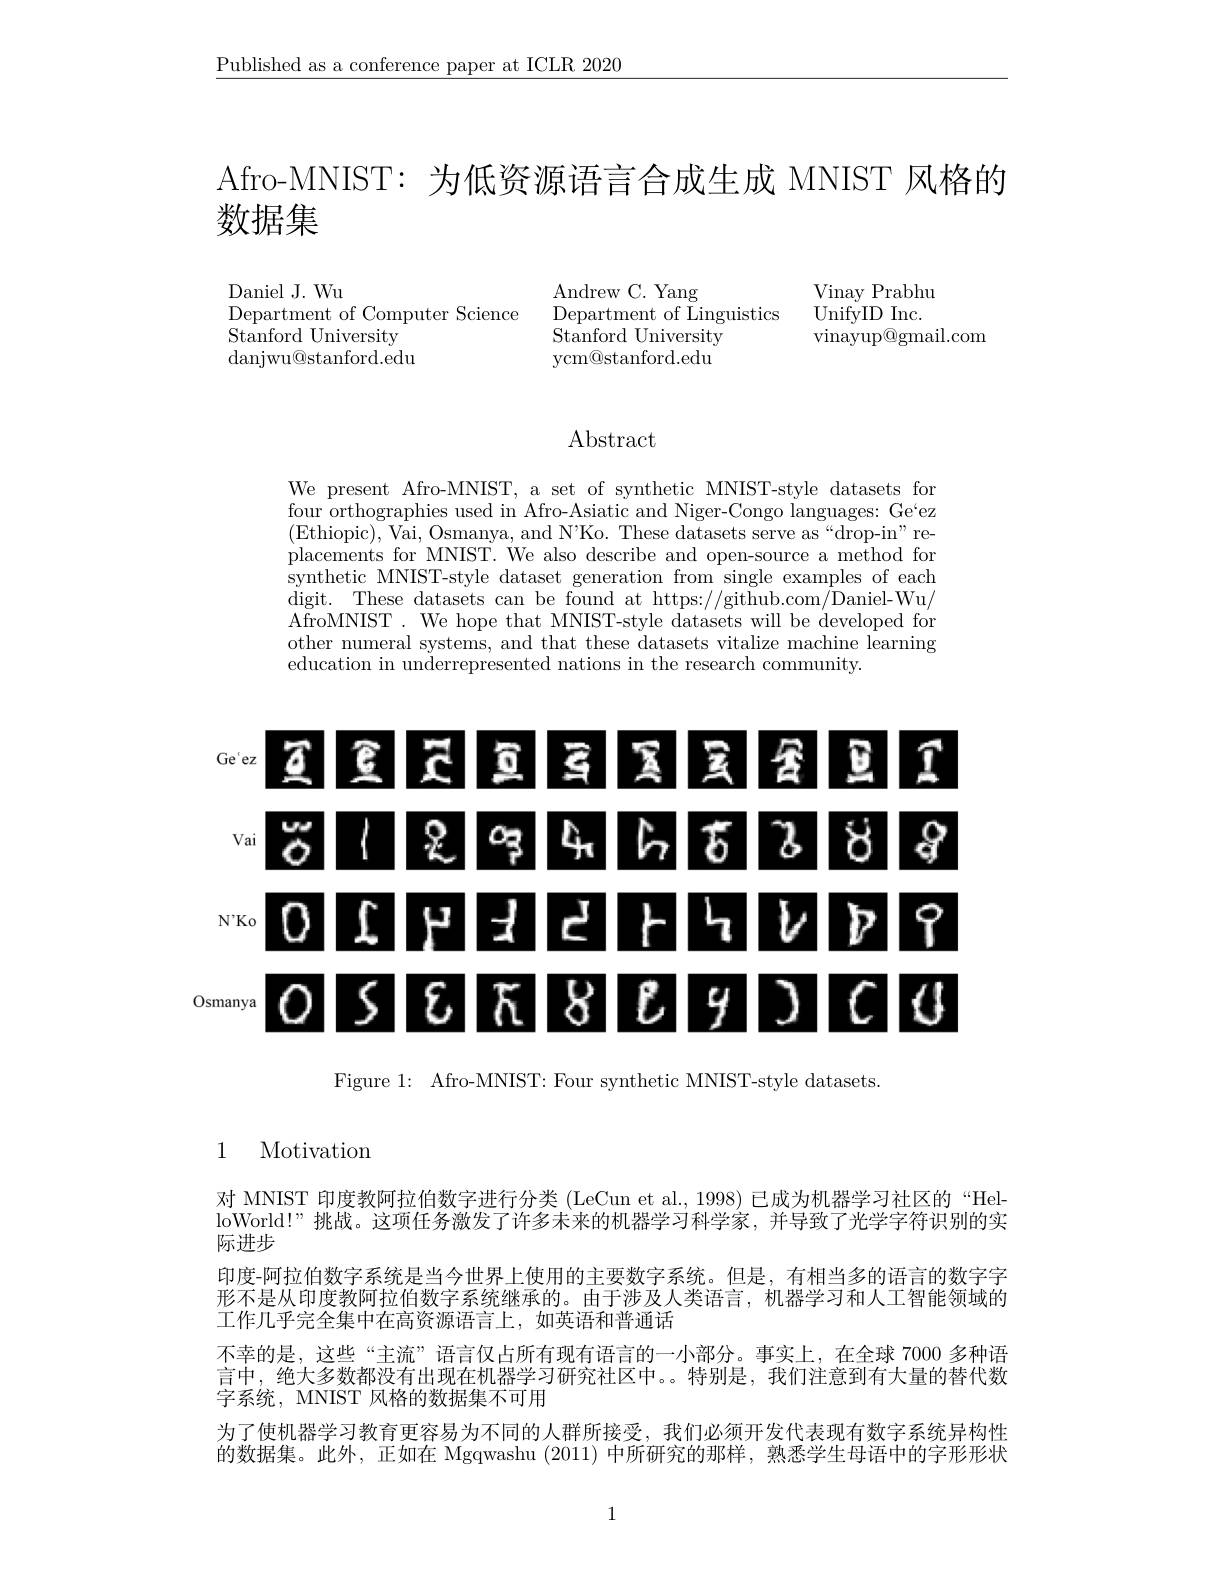
$\underline{\text{Published as a conference paper at ICLR 2020}}$

Afro-MNIST: 为低资源语言合成生成 MNIST 风格的

数据集

Vinay Prabhu
Department of Linguistics UnifyID Inc.
vinayup@gmail.com

Daniel J. Wu
Department of Computer Science
${\mathrm{Stanford~University}}$ danjwu@stanford.edu

Andrew C. Yang $\mathop{\mathrm{Stanford~University}}$ ycm@stanford.edu

## Abstract

We present Afro-MNIST, a set of synthetic MNIST-style datasets for four orthographies used in Afro-Asiatic and Niger-Congo languages: Ge`ez (Ethiopic),Vai, Osmanya, and N'Ko. These datasets serve as“drop-in”replacements for MNIST. We also describe and open-source a method for synthetic MNIST-style dataset generation from single examples of each digit. These datasets can be found at https://github.com/Daniel-Wu/ AfroMNIST. We hope that MNIST-style datasets will be developed for other numeral systems, and that these datasets vitalize machine learning education in underrepresented nations in the research community.

<FigureHere>

Figure 1: Afro-MNIST: Four synthetic MNIST-style datasets.

1 Motivation

对 MNIST 印度教阿拉伯数字进行分类 (LeCun et al., 1998) 已成为机器学习社区的“HelloWorld!”挑战。这项任务激发了许多未来的机器学习科学家，并导致了光学字符识别的实际进步
印度-阿拉伯数字系统是当今世界上使用的主要数字系统。但是，有相当多的语言的数字字形不是从印度教阿拉伯数字系统继承的。由于涉及人类语言，机器学习和人工智能领域的工作几乎完全集中在高资源语言上，如英语和普通话
不幸的是，这些“主流”语言仅占所有现有语言的一小部分。事实上，在全球 7000 多种语言中，绝大多数都没有出现在机器学习研究社区中。。特别是，我们注意到有大量的替代数字系统，MNIST 风格的数据集不可用
为了使机器学习教育更容易为不同的人群所接受，我们必须开发代表现有数字系统异构性的数据集。此外，正如在 Mgqwashu (2011)中所研究的那样，熟悉学生母语中的字形形状

1